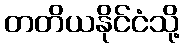
တတိယနိုင်ငံသို့